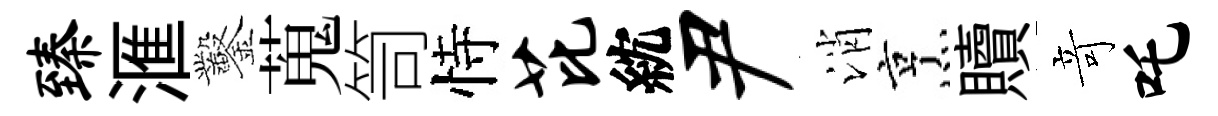
臻滙鑿蒐笥恃芘紞尹消烹贖竒吒